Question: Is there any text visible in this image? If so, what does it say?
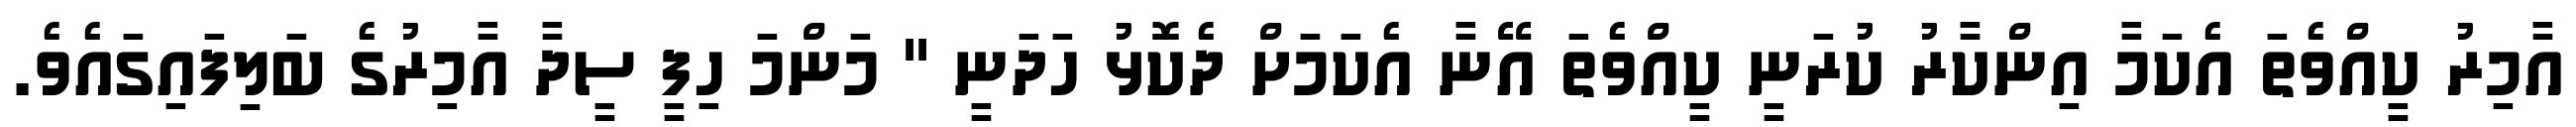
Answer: އާމިރު ކީއްވެތަ އެކަމާ އިންކާރު ކުރަނީ ކީއްވެތަ އޭނާ އެކަމަށް ދެކޮޅު ހަދަނީ " މަންމަ ހިފީ ސީދާ އާމިރުގެ ބަލިފައިގައެވެ.